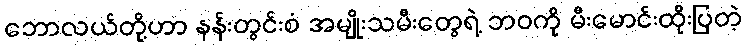
ဘောလယ်တို့ဟာ နန်းတွင်းစံ အမျိုးသမီးတွေရဲ့ ဘဝကို မီးမောင်းထိုးပြတဲ့